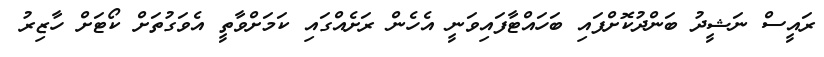
ރައީސް ނަޝީދު ބަންދުކޮށްފައި ބަހައްޓާފައިވަނީ އެހެން ރަށެއްގައި ކަމަށްވާތީ އެވަގުތަށް ކޯޓަށް ހާޒިރު